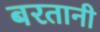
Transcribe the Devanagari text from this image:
बरतानी